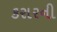
કરારની